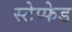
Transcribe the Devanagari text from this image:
स्टेप्फेड